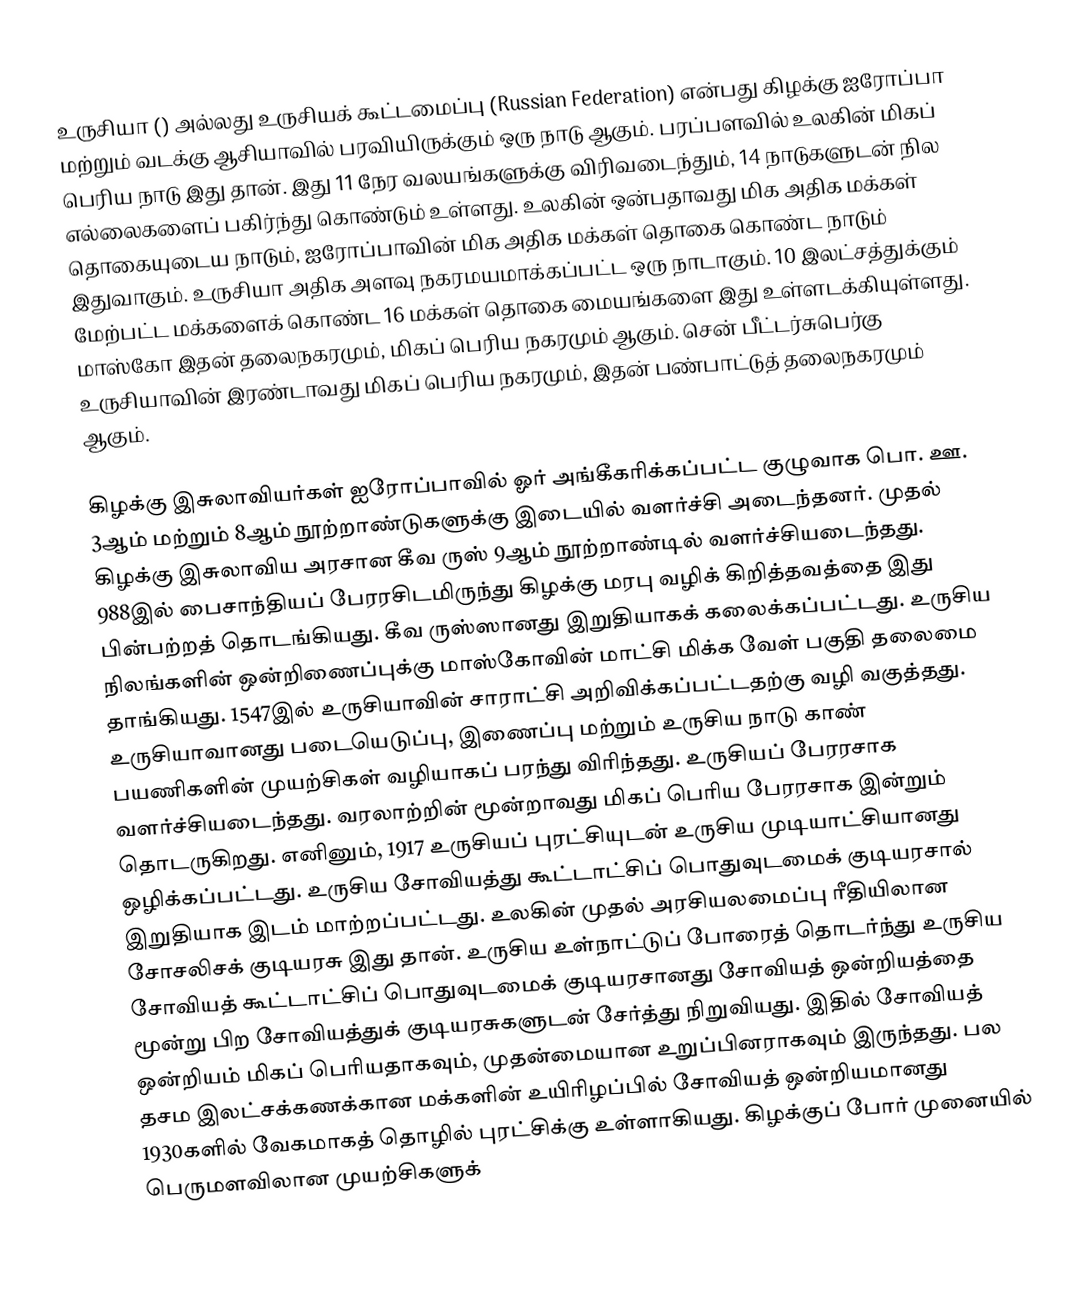
உருசியா () அல்லது உருசியக் கூட்டமைப்பு (Russian Federation) என்பது கிழக்கு ஐரோப்பா மற்றும் வடக்கு ஆசியாவில் பரவியிருக்கும் ஒரு நாடு ஆகும். பரப்பளவில் உலகின் மிகப் பெரிய நாடு இது தான். இது 11 நேர வலயங்களுக்கு விரிவடைந்தும், 14 நாடுகளுடன் நில எல்லைகளைப் பகிர்ந்து கொண்டும் உள்ளது. உலகின் ஒன்பதாவது மிக அதிக மக்கள் தொகையுடைய நாடும், ஐரோப்பாவின் மிக அதிக மக்கள் தொகை கொண்ட நாடும் இதுவாகும். உருசியா அதிக அளவு நகரமயமாக்கப்பட்ட ஒரு நாடாகும். 10 இலட்சத்துக்கும் மேற்பட்ட மக்களைக் கொண்ட 16 மக்கள் தொகை மையங்களை இது உள்ளடக்கியுள்ளது. மாஸ்கோ இதன் தலைநகரமும், மிகப் பெரிய நகரமும் ஆகும். சென் பீட்டர்சுபெர்கு உருசியாவின் இரண்டாவது மிகப் பெரிய நகரமும், இதன் பண்பாட்டுத் தலைநகரமும் ஆகும்.

கிழக்கு இசுலாவியர்கள் ஐரோப்பாவில் ஓர் அங்கீகரிக்கப்பட்ட குழுவாக பொ. ஊ. 3ஆம் மற்றும் 8ஆம் நூற்றாண்டுகளுக்கு இடையில் வளர்ச்சி அடைந்தனர். முதல் கிழக்கு இசுலாவிய அரசான கீவ ருஸ் 9ஆம் நூற்றாண்டில் வளர்ச்சியடைந்தது. 988இல் பைசாந்தியப் பேரரசிடமிருந்து கிழக்கு மரபு வழிக் கிறித்தவத்தை இது பின்பற்றத் தொடங்கியது. கீவ ருஸ்ஸானது இறுதியாகக் கலைக்கப்பட்டது. உருசிய நிலங்களின் ஒன்றிணைப்புக்கு மாஸ்கோவின் மாட்சி மிக்க வேள் பகுதி தலைமை தாங்கியது. 1547இல் உருசியாவின் சாராட்சி அறிவிக்கப்பட்டதற்கு வழி வகுத்தது. உருசியாவானது படையெடுப்பு, இணைப்பு மற்றும் உருசிய நாடு காண் பயணிகளின் முயற்சிகள் வழியாகப் பரந்து விரிந்தது. உருசியப் பேரரசாக வளர்ச்சியடைந்தது. வரலாற்றின் மூன்றாவது மிகப் பெரிய பேரரசாக இன்றும் தொடருகிறது. எனினும், 1917 உருசியப் புரட்சியுடன் உருசிய முடியாட்சியானது ஒழிக்கப்பட்டது. உருசிய சோவியத்து கூட்டாட்சிப் பொதுவுடமைக் குடியரசால் இறுதியாக இடம் மாற்றப்பட்டது. உலகின் முதல் அரசியலமைப்பு ரீதியிலான சோசலிசக் குடியரசு இது தான். உருசிய உள்நாட்டுப் போரைத் தொடர்ந்து உருசிய சோவியத் கூட்டாட்சிப் பொதுவுடமைக் குடியரசானது சோவியத் ஒன்றியத்தை மூன்று பிற சோவியத்துக் குடியரசுகளுடன் சேர்த்து நிறுவியது. இதில் சோவியத் ஒன்றியம் மிகப் பெரியதாகவும், முதன்மையான உறுப்பினராகவும் இருந்தது. பல தசம இலட்சக்கணக்கான மக்களின் உயிரிழப்பில் சோவியத் ஒன்றியமானது 1930களில் வேகமாகத் தொழில் புரட்சிக்கு உள்ளாகியது. கிழக்குப் போர் முனையில் பெருமளவிலான முயற்சிகளுக்